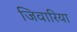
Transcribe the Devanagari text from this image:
जिवारिया